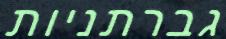
גברתניות